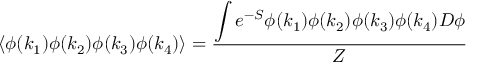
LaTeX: \left\langle \phi ( k _ { 1 } ) \phi ( k _ { 2 } ) \phi ( k _ { 3 } ) \phi ( k _ { 4 } ) \right\rangle = { \frac { \displaystyle \int e ^ { - S } \phi ( k _ { 1 } ) \phi ( k _ { 2 } ) \phi ( k _ { 3 } ) \phi ( k _ { 4 } ) D \phi } { Z } }